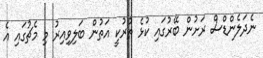
ނެދަލެންޑްސް ރަށުން ބޭރުގައި ކުޅެ ތުރުކީ އަތުން ބަލިވިއިރު މި މެޗުގައި އެ